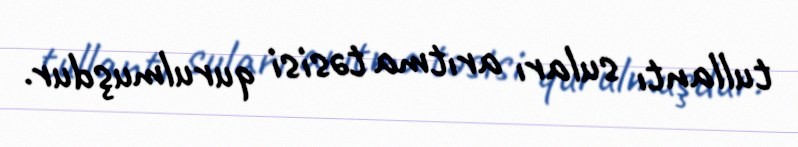
tullantı suları arıtma təsisi qurulmuşdur.